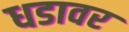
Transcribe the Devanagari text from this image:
धडावर